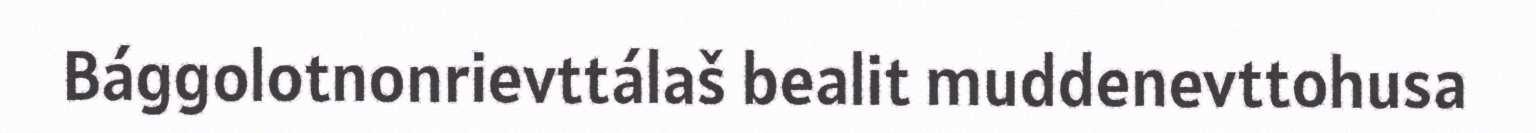
Bággolotnonrievttálaš bealit muddenevttohusa